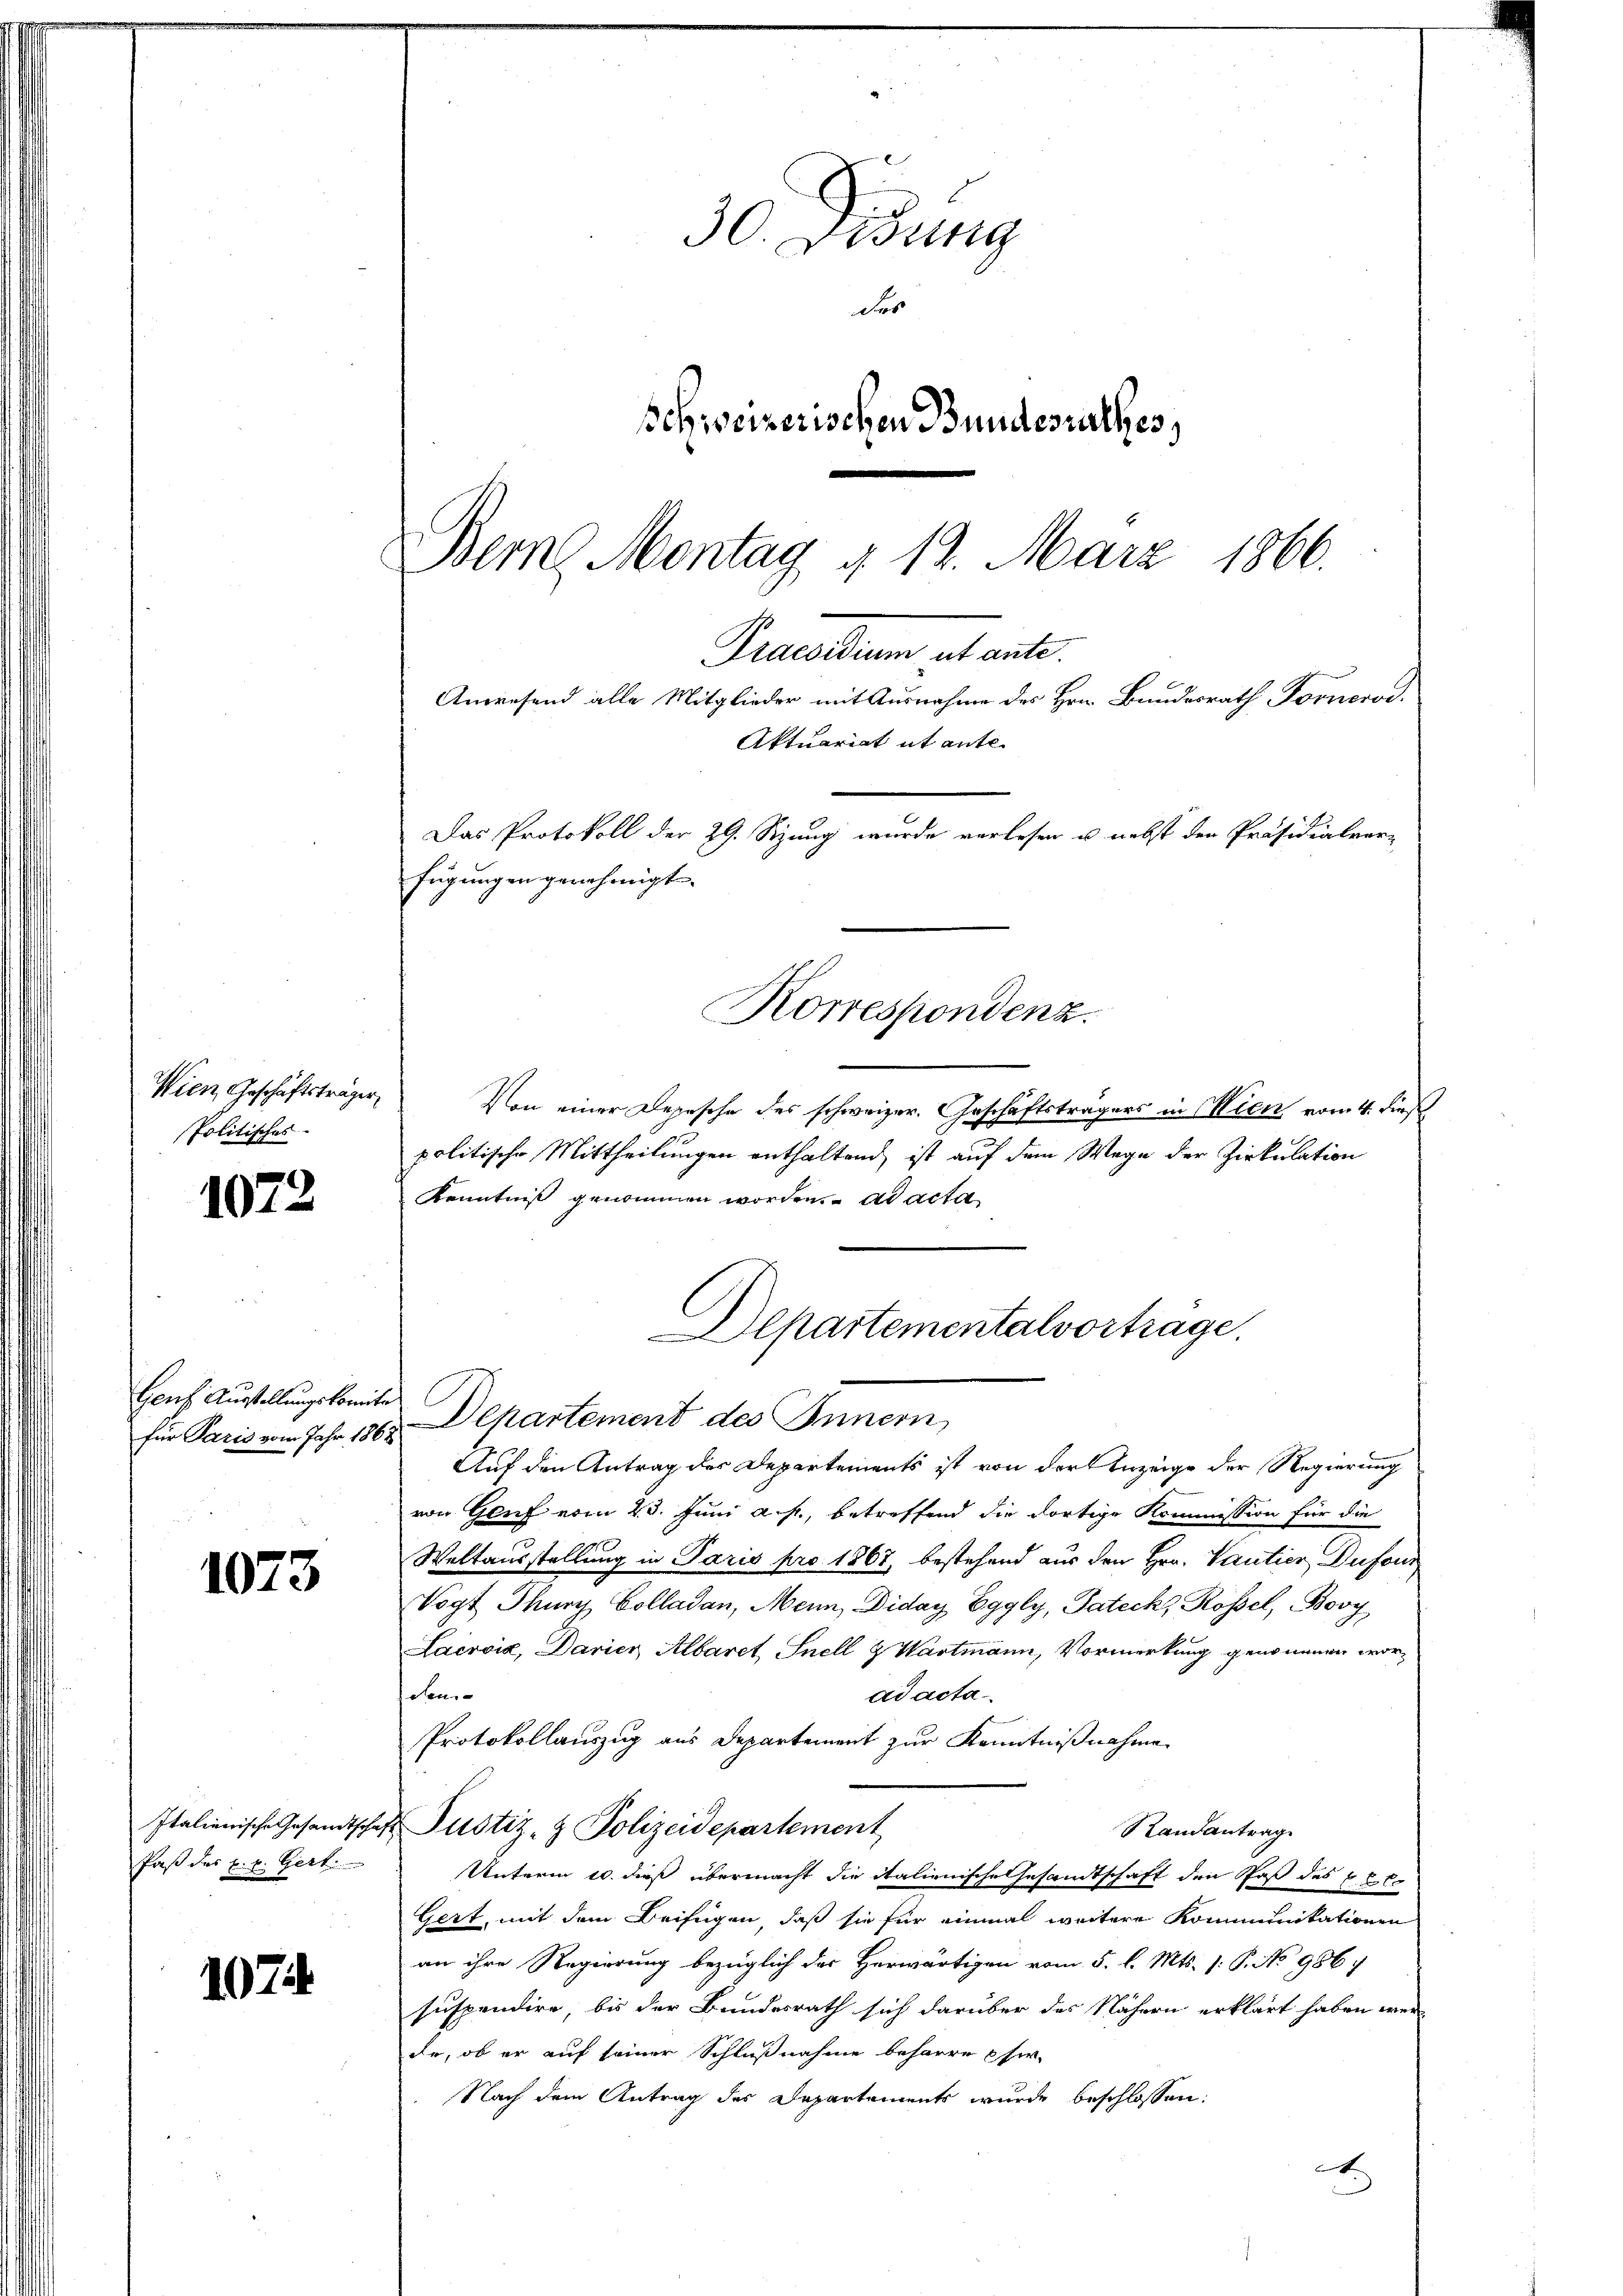
Wien, Geschäftsträger
Politisches

1072

Genf Ausstellungskomite
für Paris vom Jahr 186

1073

Italienische Gesandtscha
Paß das k. k. Gert

1074

30. Disung
des
Schweizerischen Bundesrathes,

Bem Montag § 12. März 1866.
Das Protokoll der 29. Sitzung wurde verlesen u. nebst den Präsidialver-
fügungen genehmigt.
Korrespondenz.

Von einer Depesche des schweizer. Geschäftsträgers in Wien vom 4. dies
politische Mittheilungen enthaltend, ist auf dem Wege der Zirkulation
Kenntniß genommen worden. ad acta
C
Departement des Innern
Auf den Antrag der Departements ist von der Anzeige der Regierung
von Gluf vom 23. Juni a. p., betreffend die dortige Kommission für die
Weltausstellung in Paris pro 1867, bestehend aus den Hrn. Vantier, Dufour
Vogt Thury Colladen, Mein Diday Eggly, Pateckt Rossel, Boy
Lacroix, Darier Albaret Snell & Wartmann, Vormerkung genommen worad acta
den
Protokollauszug aus Departement zur Kenntnißnahme
Justiz- & Polizeidepartement
Randantrag
Unterm 10. dieß übermacht die italienische Gesamtschaft den Paß des bet
Gert, mit dem Beifügen, daß sie für einmal weitere Kommunikationen
an ihre Regierung bezüglich der Herwärtigen vom 5. l. Mts. 1. P. No 986
suspendire, bis der Bundesrath sich darüber das Nähern erklärt haben wir
de, ob er auf seiner Schlußnahme beharre chir
Nach dem Antrag des Departements wurde beschlossen:
A

Praesidium ut ante.

Anwesend alle Mitglieder mit Ausnahme des Hrn. Bundesrath Fornerod¬

Aktuariat it ente.

Departementalvortrage.